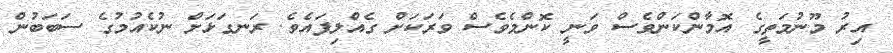
އިރު މޫނުމަތީގެ އޮމާންކަންވެސް ވަނީ ކޮންމެވެސް ވަރަކަށް ގެއްލިފައެވެ. ރަނގަޅަށް ނުކެއުމުގެ ސަބަބުން